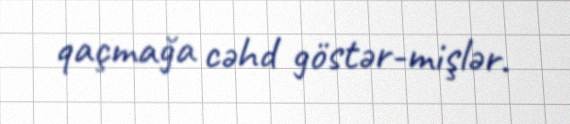
qaçmağa cəhd göstər­mişlər.